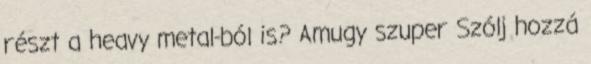
részt a heavy metal-ból is? Amugy szuper Szólj hozzá